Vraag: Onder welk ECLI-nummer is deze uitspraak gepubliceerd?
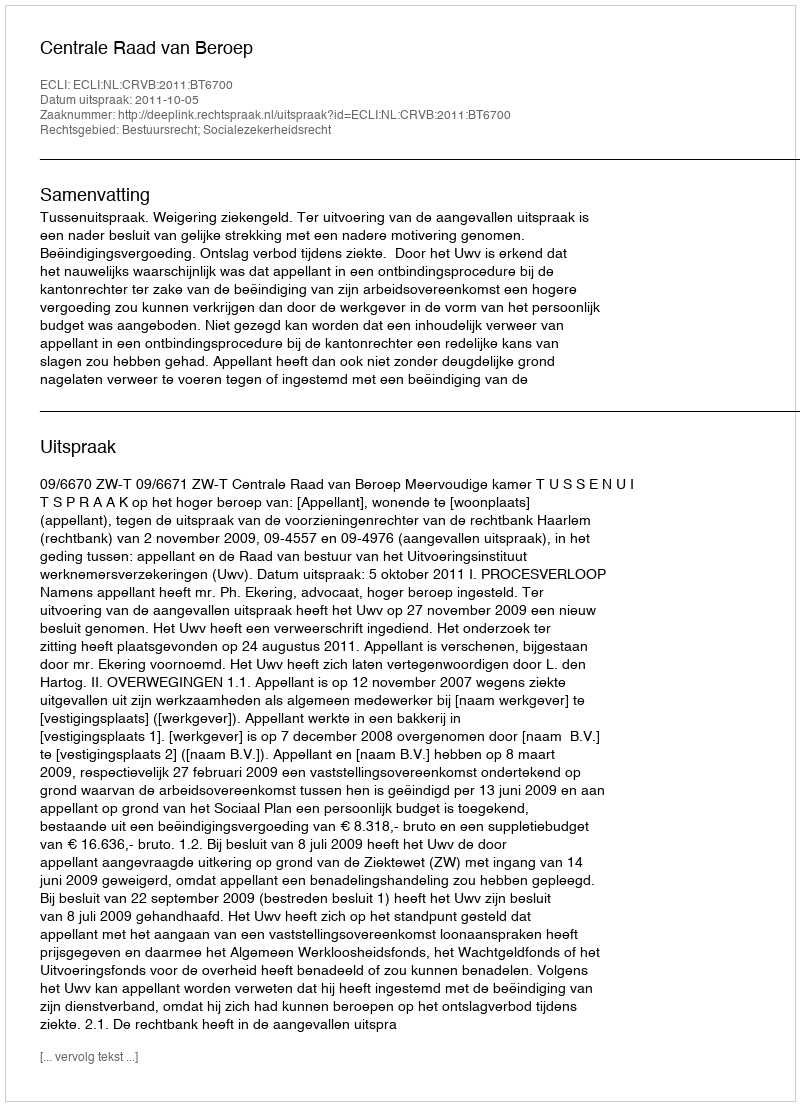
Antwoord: ECLI:NL:CRVB:2011:BT6700